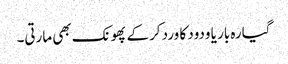
گیارہ بار یا ودود کا ورد کرکے پھونک بھی مارتی۔